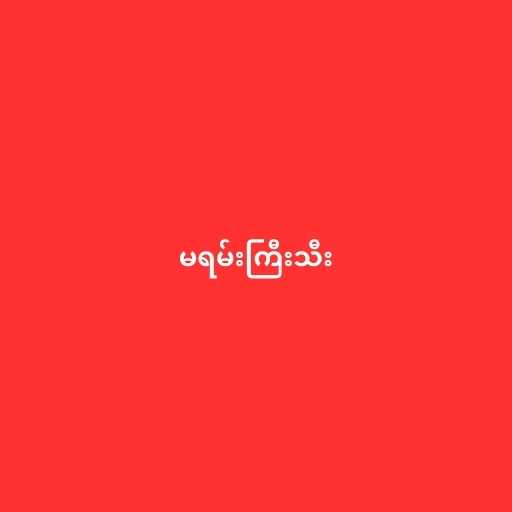
မရမ်းကြီးသီး